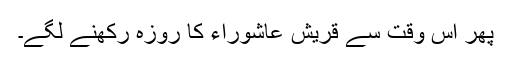
پھر اس وقت سے قریش عاشوراء کا روزہ رکھنے لگے۔